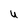
Character: U